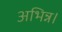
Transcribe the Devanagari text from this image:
अभिन्न।